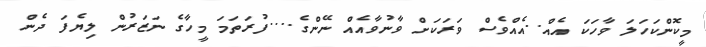
މީކޮންކަހަލަ ވާހަކަ އެއް..އެއްވެސް ވަރަކަށް ވާނުވާއެއް ނޭންގެ....ފުރަތަމަ މީހާގެ ނަޒަރުން ލިޔެފަ ދެން